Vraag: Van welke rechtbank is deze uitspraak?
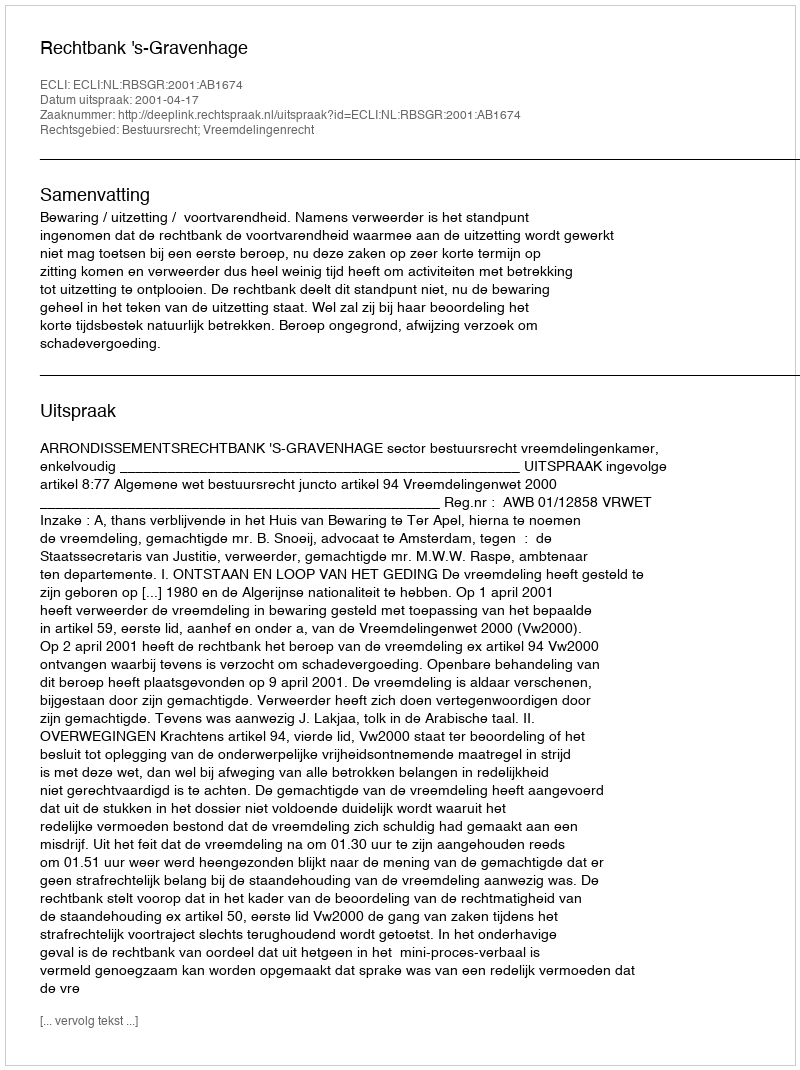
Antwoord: Rechtbank 's-Gravenhage